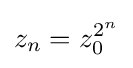
z_{n}=z_{0}^{2^{n}}